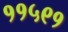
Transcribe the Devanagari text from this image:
११५९१